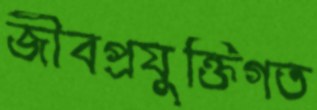
জীবপ্রযুক্তিগত